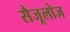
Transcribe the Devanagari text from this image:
सैजूलोज